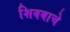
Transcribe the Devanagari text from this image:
शिवबाचे